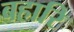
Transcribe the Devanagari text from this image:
बहारि